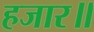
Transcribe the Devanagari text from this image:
हजार॥